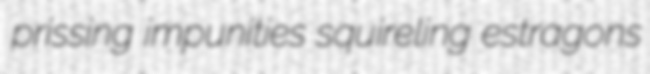
prissing impunities squireling estragons